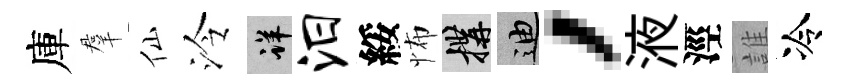
庫羣仙泠详汨綏怖構迪，液涇誰冷